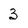
Character: 3